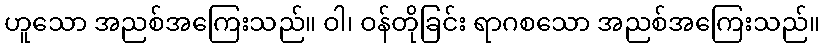
ဟူသော အညစ်အကြေးသည်။ ဝါ၊ ဝန်တိုခြင်း ရာဂစသော အညစ်အကြေးသည်။